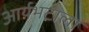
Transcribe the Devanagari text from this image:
आर्यभटाला